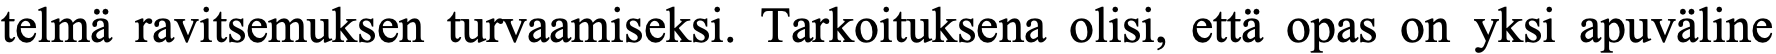
telmä ravitsemuksen turvaamiseksi. Tarkoituksena olisi, että opas on yksi apuväline